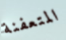
المتعفنة